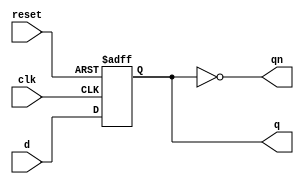
//
// SPDX-FileCopyrightText: Copyright 2023 Darryl Miles
// SPDX-License-Identifier: Apache2.0
//
`default_nettype none
`ifdef TIMESCALE
`timescale 1ns/1ps
`endif
//
// MetaData-1.0::
// Module-Name: dffqn_negedge_async_reset
// Module-Language: Verilog-200?
// Input-Count: 3
// Input-1: clk Clock (negedge)
// Input-2: r reset (async active-high)
// Input-3: d data
// Output-Count: 2
// Output-1: q Q
// Output-2: qn Q-Inverted
//
//
//  D Flip-Flop (verilog register simulation)
//
//
//
module dffqn_negedge_async_reset (
    input  wire			clk,
    input  wire			reset,
    input  wire			d,

    output  reg			q,
    output wire			qn
);

    always @(negedge clk or posedge reset) begin
        if (reset) begin
            q <= 0;
        end else begin
            q <= d;
        end
    end

    assign qn = ~q;

endmodule